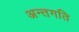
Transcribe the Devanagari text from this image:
अन्तगति